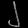
Digit: ၂